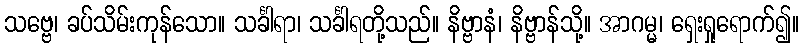
သဗ္ဗေ၊ ခပ်သိမ်းကုန်သော။ သင်္ခါရာ၊ သင်္ခါရတို့သည်။ နိဗ္ဗာနံ၊ နိဗ္ဗာန်သို့။ အာဂမ္မ၊ ရှေးရှုရောက်၍။